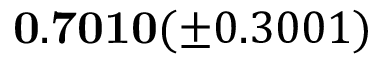
\mathbf { 0 . 7 0 1 0 } ( \pm 0 . 3 0 0 1 )